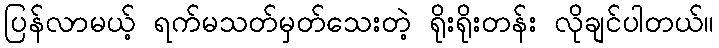
ပြန်လာမယ့် ရက်မသတ်မှတ်သေးတဲ့ ရိုးရိုးတန်း လိုချင်ပါတယ်။